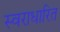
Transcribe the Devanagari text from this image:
स्वराधारित